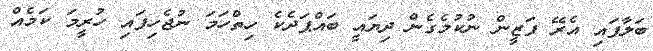
ބަލާފައި އެރޭ ފަޒީން ނުކުމެގެން ދިޔައީ ބައްޕަދެކެ ހިތްހަމަ ނުޖެހިފައި ހުރީމަ ކަމެއް